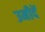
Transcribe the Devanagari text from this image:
उमीदें